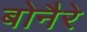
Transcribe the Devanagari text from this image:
बोनैरे